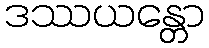
ဒဿယန္တော